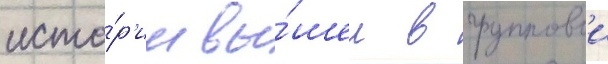
исто́р'ии вы́шел в групповои